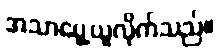
အသာပွေ့ယူလိုက်သည်။